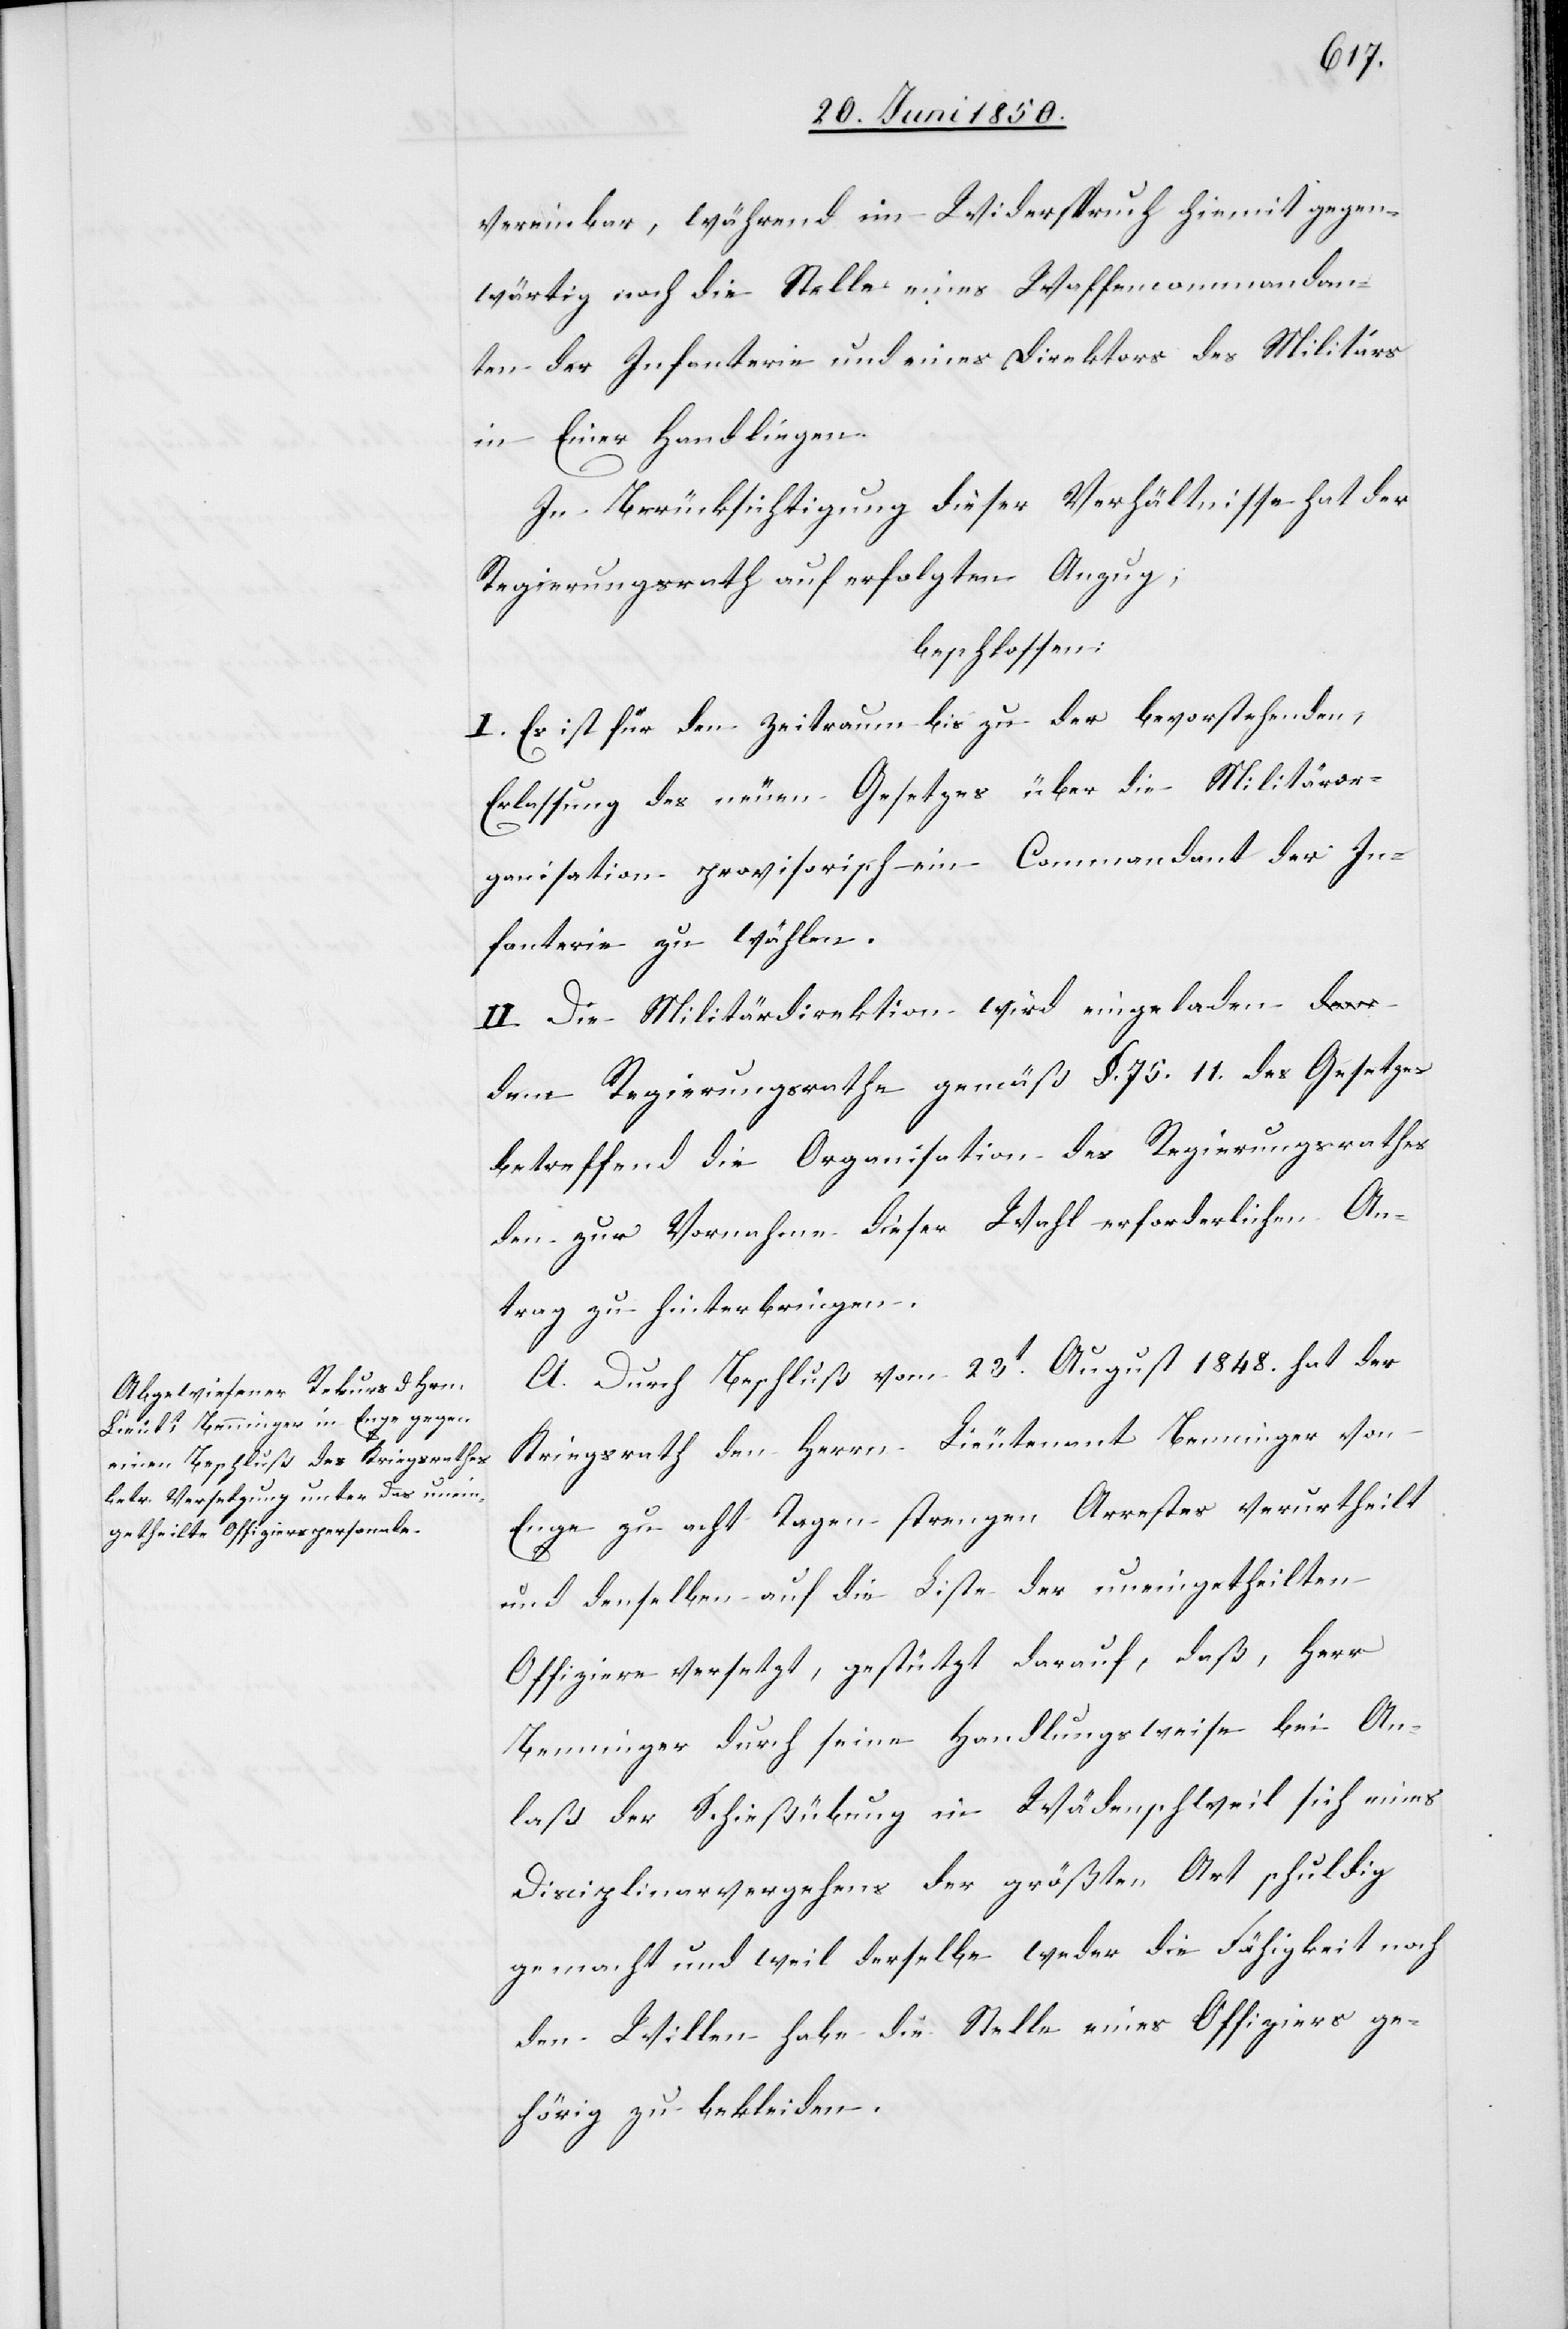
vereinbar, während im Widerspruch hiemit gegen¬
wärtig noch die Stelle eines Waffencommandan¬
ten der Infanterie und eines Direktors des Militärs
in Einer Hand liegen.
In Berücksichtigung dieser Verhältnisse hat der
Regierungsrath auf erfolgten Anzug,
beschlossen:
I. Es ist für den Zeitraum bis zu der bevorstehenden,
Erlassung des neuen Gesetzes über die Militäror¬
ganisation provisorisch ein Commandant der In¬
fanterie zu wählen.
II. Die Militärdirektion wird eingeladen d¬
em Regierungsrathe gemäß §. 75. 11. des Gesetzes
betreffend die Organisation des Regierungsrathes
den zur Vornahme dieser Wahl erforderlichen An¬
trag zu hinterbringen.
A. Durch Beschluß vom 23t August 1848. hat der
Kriegsrath den Herrn Lieutenant Benninger von
Enge zu acht Tagen strengen Arrestes verurtheilt
und denselben auf die Liste der uneingetheilten
Offiziere versetzt, gestützt darauf, daß, Herr
Benninger durch seine Handlungsweise bei An¬
laß der Schießübung in Wädenschweil sich eines
Disciplinarvergehens der größten Art schuldig
gemacht und weil derselbe weder die Fähigkeit noch
den Willen habe die Stelle eines Offiziers ge¬
hörig zu bekleiden.